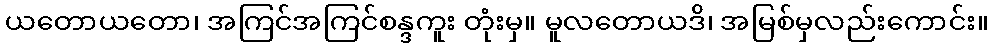
ယတောယတော၊ အကြင်အကြင်စန္ဒကူး တုံးမှ။ မူလတောယဒိ၊ အမြစ်မှလည်းကောင်း။